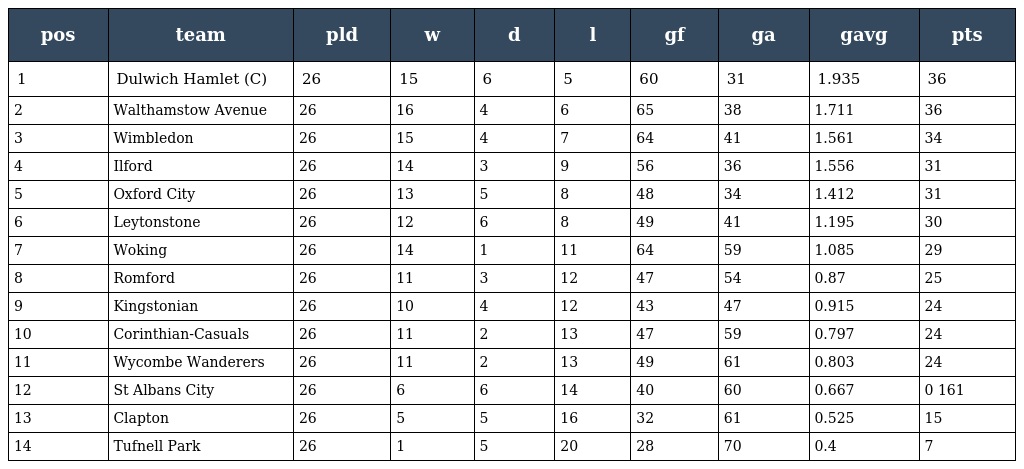
| pos | team | pld | w | d | l | gf | ga | gavg | pts |
 | --- | --- | --- | --- | --- | --- | --- | --- | --- | --- |
 | 1 | Dulwich Hamlet (C) | 26 | 15 | 6 | 5 | 60 | 31 | 1.935 | 36 |
 | 2 | Walthamstow Avenue | 26 | 16 | 4 | 6 | 65 | 38 | 1.711 | 36 |
 | 3 | Wimbledon | 26 | 15 | 4 | 7 | 64 | 41 | 1.561 | 34 |
 | 4 | Ilford | 26 | 14 | 3 | 9 | 56 | 36 | 1.556 | 31 |
 | 5 | Oxford City | 26 | 13 | 5 | 8 | 48 | 34 | 1.412 | 31 |
 | 6 | Leytonstone | 26 | 12 | 6 | 8 | 49 | 41 | 1.195 | 30 |
 | 7 | Woking | 26 | 14 | 1 | 11 | 64 | 59 | 1.085 | 29 |
 | 8 | Romford | 26 | 11 | 3 | 12 | 47 | 54 | 0.87 | 25 |
 | 9 | Kingstonian | 26 | 10 | 4 | 12 | 43 | 47 | 0.915 | 24 |
 | 10 | Corinthian-Casuals | 26 | 11 | 2 | 13 | 47 | 59 | 0.797 | 24 |
 | 11 | Wycombe Wanderers | 26 | 11 | 2 | 13 | 49 | 61 | 0.803 | 24 |
 | 12 | St Albans City | 26 | 6 | 6 | 14 | 40 | 60 | 0.667 | 0 161 |
 | 13 | Clapton | 26 | 5 | 5 | 16 | 32 | 61 | 0.525 | 15 |
 | 14 | Tufnell Park | 26 | 1 | 5 | 20 | 28 | 70 | 0.4 | 7 |